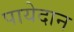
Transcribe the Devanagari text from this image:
पायेदान